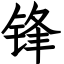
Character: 锋